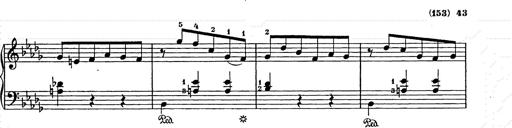
Title: Weihnachtsbaum
Composer: Franz Liszt